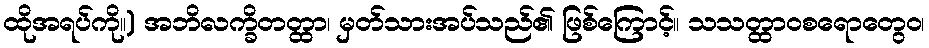
ထိုအရပ်ကို။) အဘိလက္ခိတတ္ထာ၊ မှတ်သားအပ်သည်၏ ဖြစ်ကြောင့်။ သသတ္ထာဝစရောတွေဝ၊